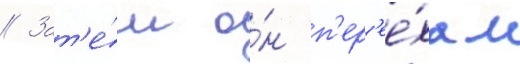
// Зат'е́м о́н п'ер'ее́хал